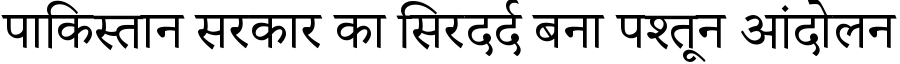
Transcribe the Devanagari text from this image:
पाकिस्तान सरकार का सिरदर्द बना पश्तून आंदोलन